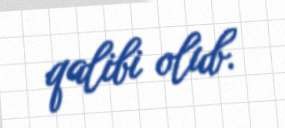
qalibi olub.